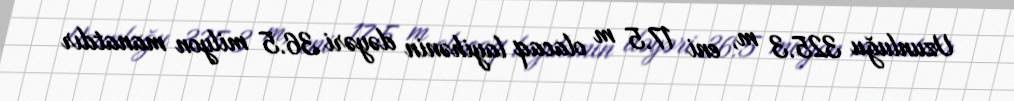
Uzunluğu 325.3 m, eni 17.5 m olacaq layihənin dəyəri 36.5 milyon manatdır